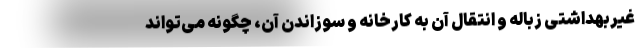
غیربهداشتی زباله و انتقال آن به کارخانه و سوزاندن آن، چگونه می‌تواند